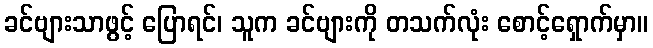
ခင်ဗျားသာဖွင့် ပြောရင်၊ သူက ခင်ဗျားကို တသက်လုံး စောင့်ရှောက်မှာ။